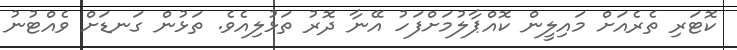
ކޮޓަރި ތެރެއަށް މައިލީން ކޮއްޕާލުމަށްފަހު އޭނާ ދޮރު ތަޅުލިއެވެ. ތަޅުން ގަނޑަށް ވެއްޓުނު